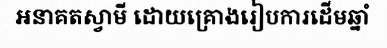
អនាគតស្វាមី ដោយគ្រោងរៀបការដើមឆ្នាំ